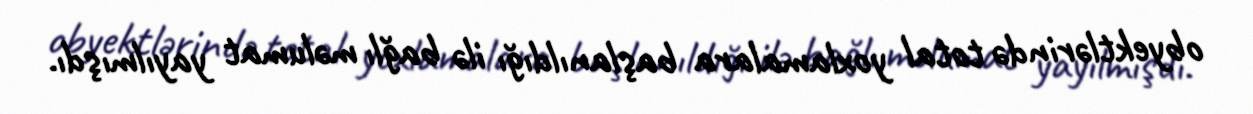
obyektlərində total yoxlamalara başlanıldığı ilə bağlı məlumat yayılmışdı.